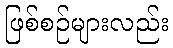
ဖြစ်စဉ်များလည်း